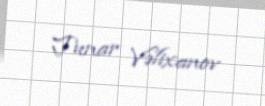
Tunar Vəlixanov